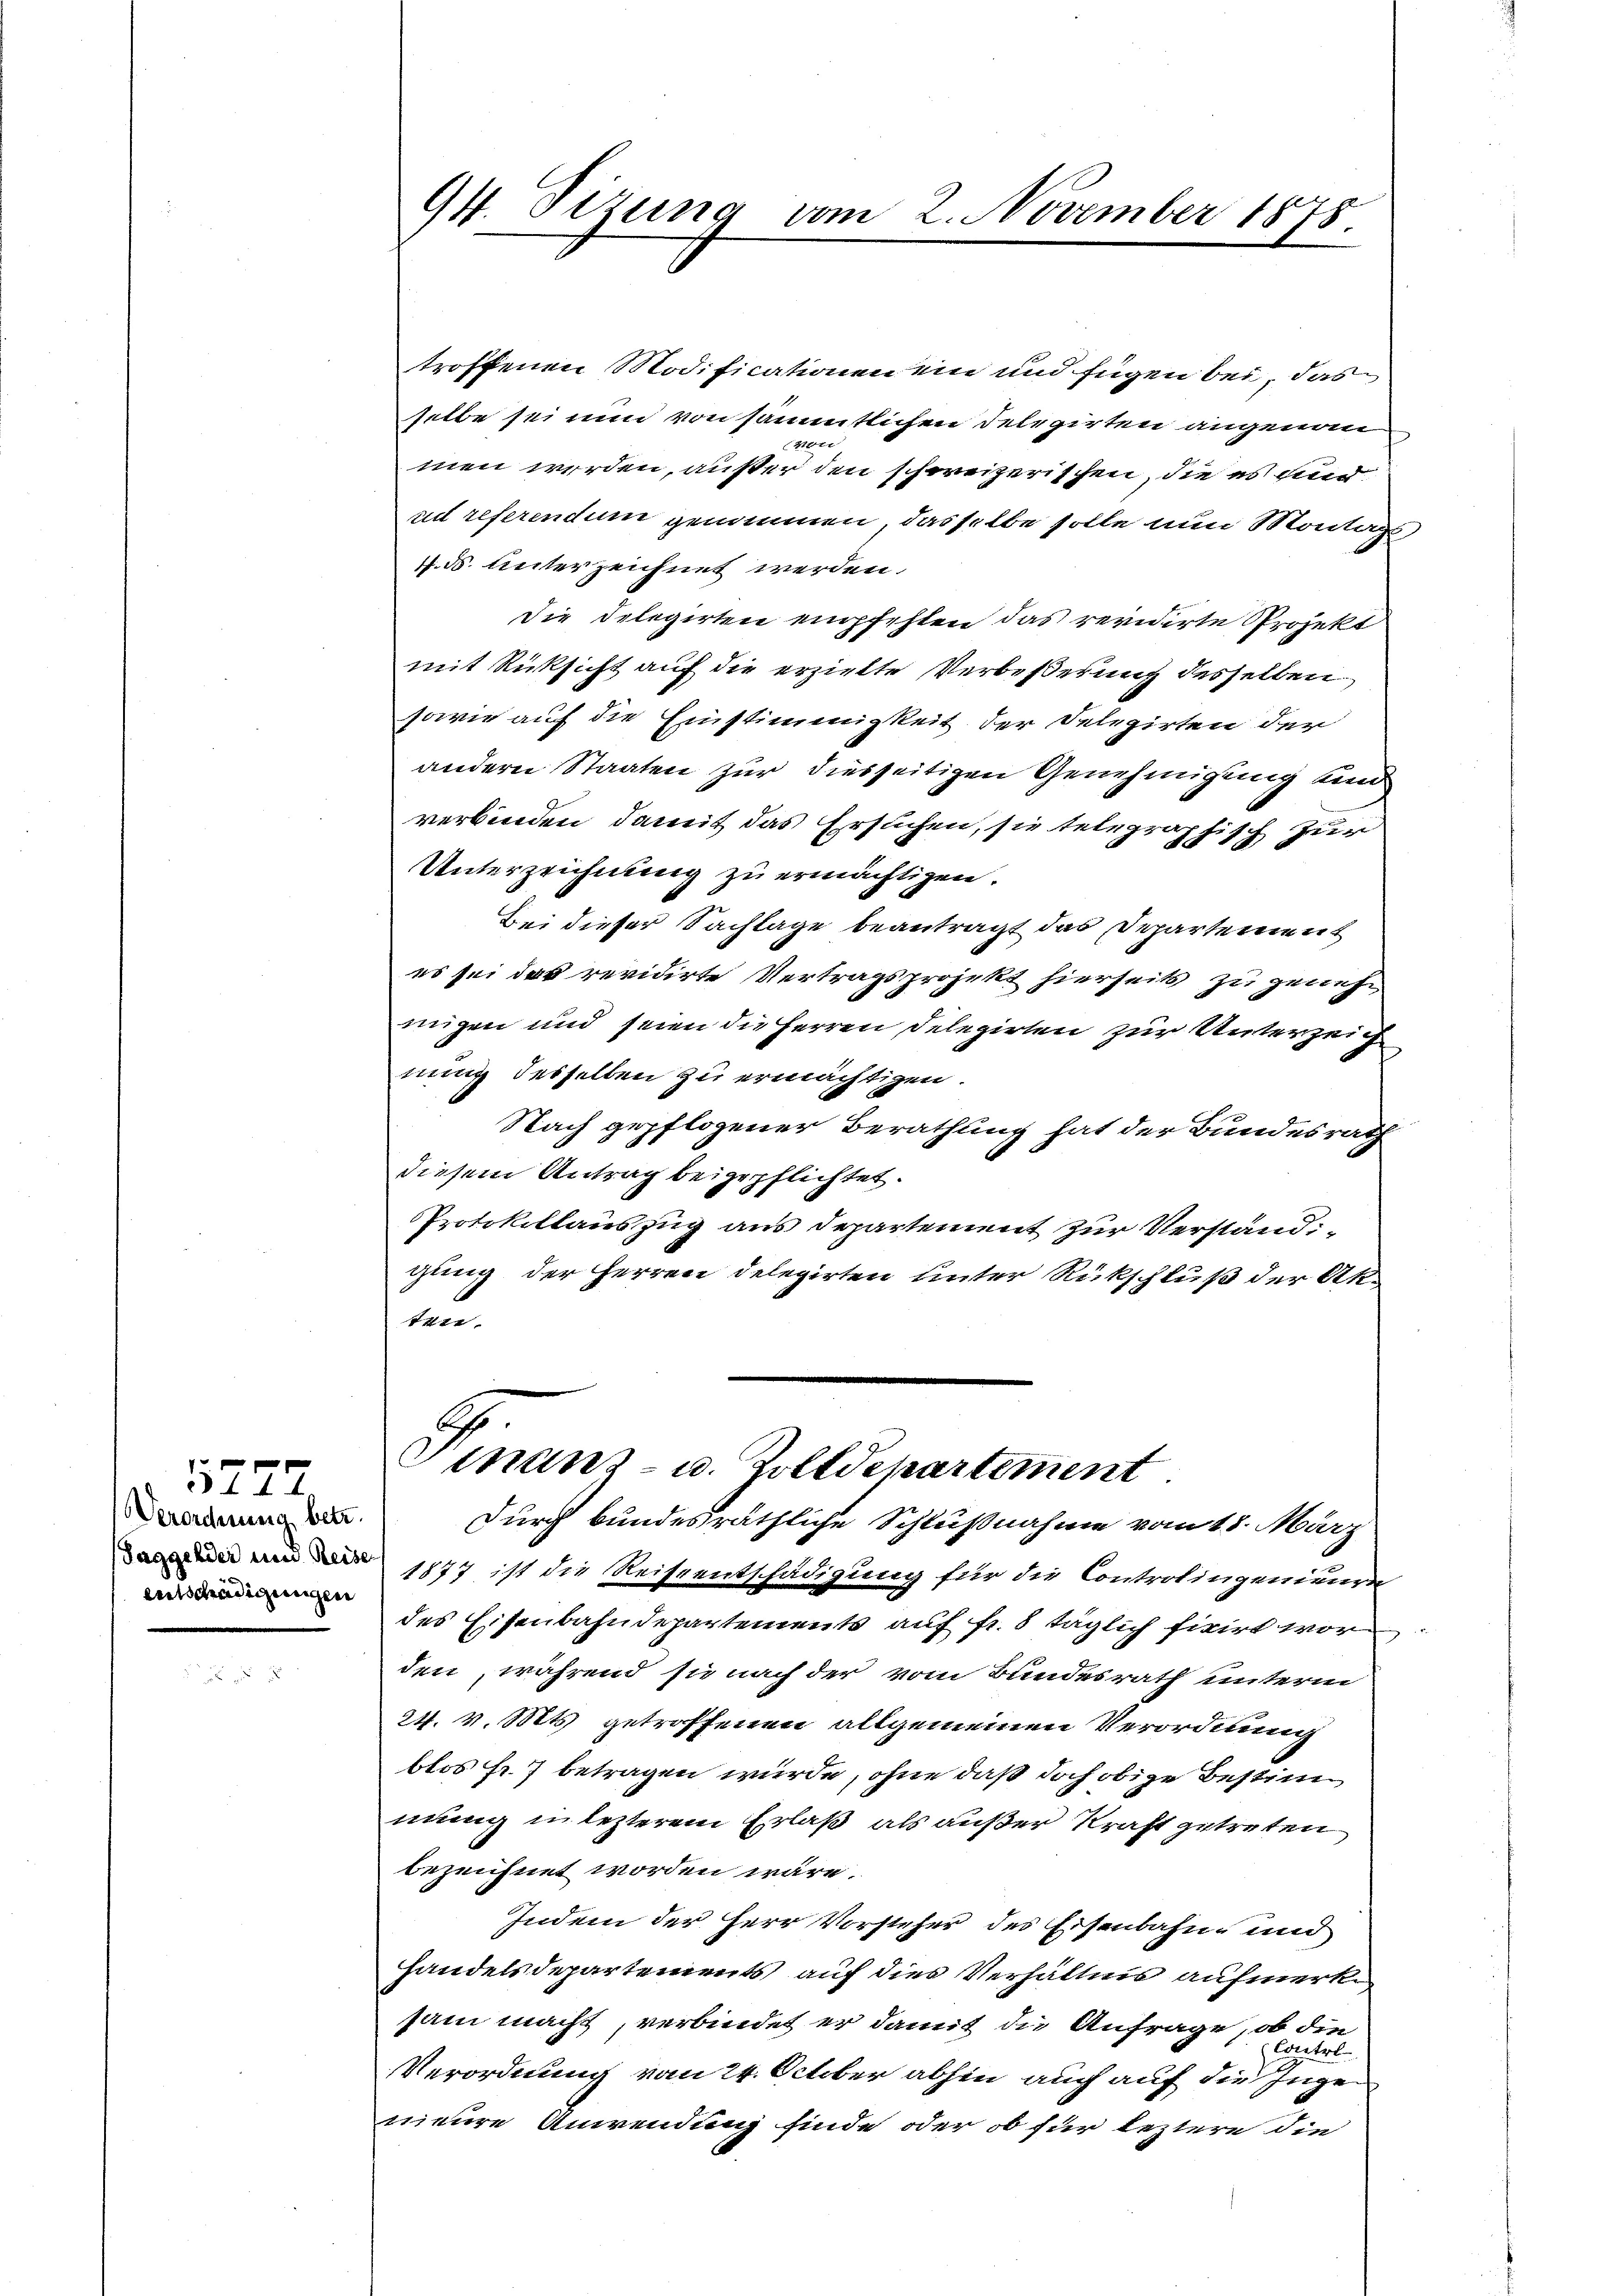
5274
Verordnung betr.
Taggelder und Reise
entschädigungen

94. Sizung vom 2. November 1878.

troffenen Modificationen ein und fügen bei, das
selbe sei nun von sämmtlichen Delegirten angenomvon
men werden, außer den schweizerischen, die es und
ad referendum genommen, dasselbe solle nun Montags
1. d. Unterzeichnet werden.
die Delegirten empfehlen das revidierte Projekt
mit Rücksicht auf die erzielte Verbeßerung desselben
sowie auf die Einstimmigkeit der Delegirten der
andern Staaten zur diesseitigen Genehmigung und
verbinden, damit das Ersuchen, sie telegraphisch zur
Unterzeichnung zu ermächtigen.
Bei dieser Sachlage beantragt das Departement
es sei das revidirte Vertragsprojekt hierseits zu genehmigen und seien die Herren Delegirten zur Unterzeich
nung desselben zu ermächtigen.
Nach gepflogener Berathung hat der Bundesrath
diesem Antrag beigepflichtet.
Protokollauszug aus Departement zur Verständigung der Herren delegirten unter Rückschluß der Akun
Vinanz- u. Zolldepartement
Durch bundesräthliche Schlußnahme vom 18. März
1877 ist die Reiseentschädigung für die Controlingenienen
des Eisenbahndepartements auf fr. 8 täglich fixirt wor
den, während sie nach der vom Bundesrath unterm
24. v. Mts. getroffenen allgemeinen Verordnung
blos Fr. 7 betragen wurde, ohne daß doch obige Bestim
mung in lezterem Erlaß als außer Kraft getreten
bezeichnet worden wäre.
Indem der Herr Vorsteher des Eisenbahn- und
handelsdepartements auf dies Verhältnis aufmerksam macht, verbindet er damit die Anfrage, ob die
Contol
Verordnung vom 24. October abhin auch auf die Ingen
nieure Anwendung finde oder ob für leztere die